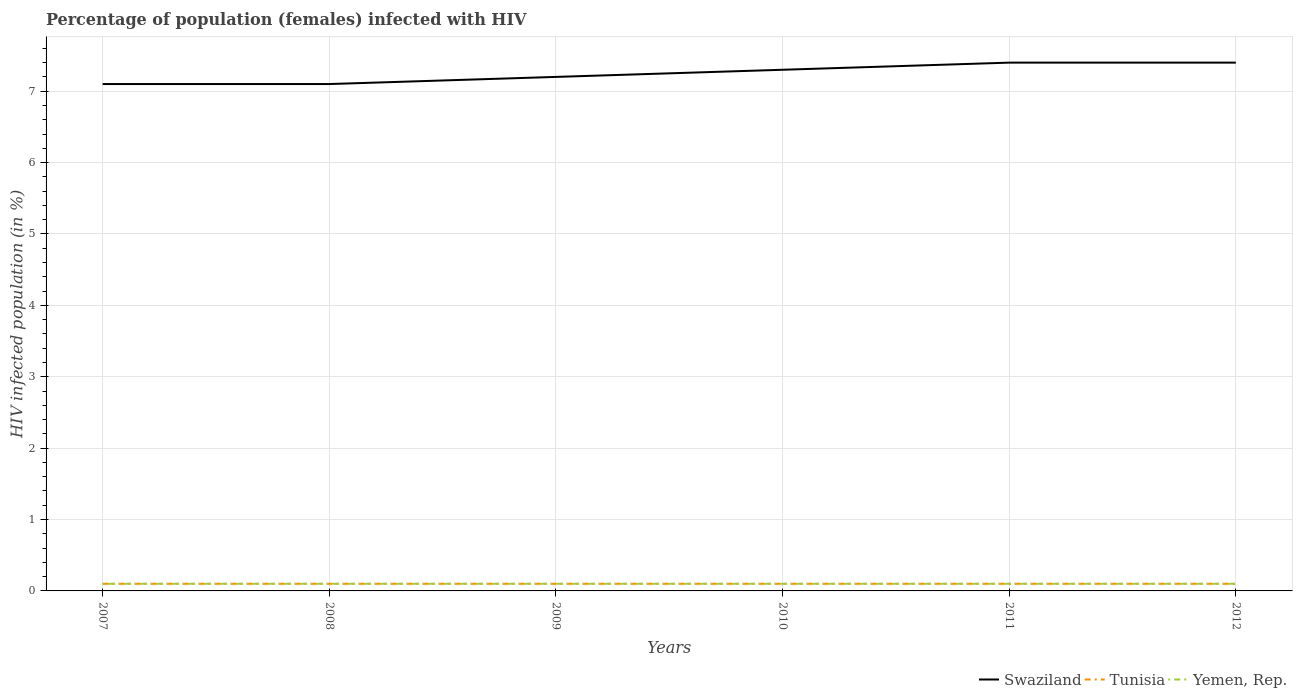
| Years | Swaziland | Tunisia | Yemen, Rep. |
 | --- | --- | --- | --- |
 | 2007 | 7.1 | 0.1 | 0.1 |
 | 2008 | 7.1 | 0.1 | 0.1 |
 | 2009 | 7.2 | 0.1 | 0.1 |
 | 2010 | 7.3 | 0.1 | 0.1 |
 | 2011 | 7.4 | 0.1 | 0.1 |
 | 2012 | 7.4 | 0.1 | 0.1 |